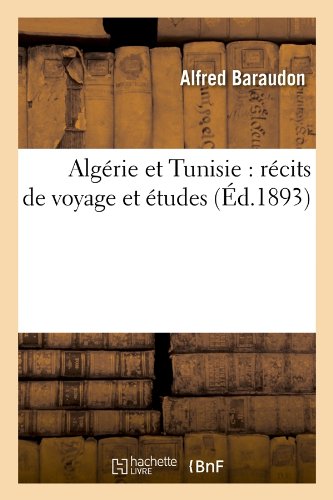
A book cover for Algerie Et Tunisie: Recits de Voyage Et Etudes (Histoire) (French Edition); Alfred Baraudon; Travel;